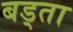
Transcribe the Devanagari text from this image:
बड्ता